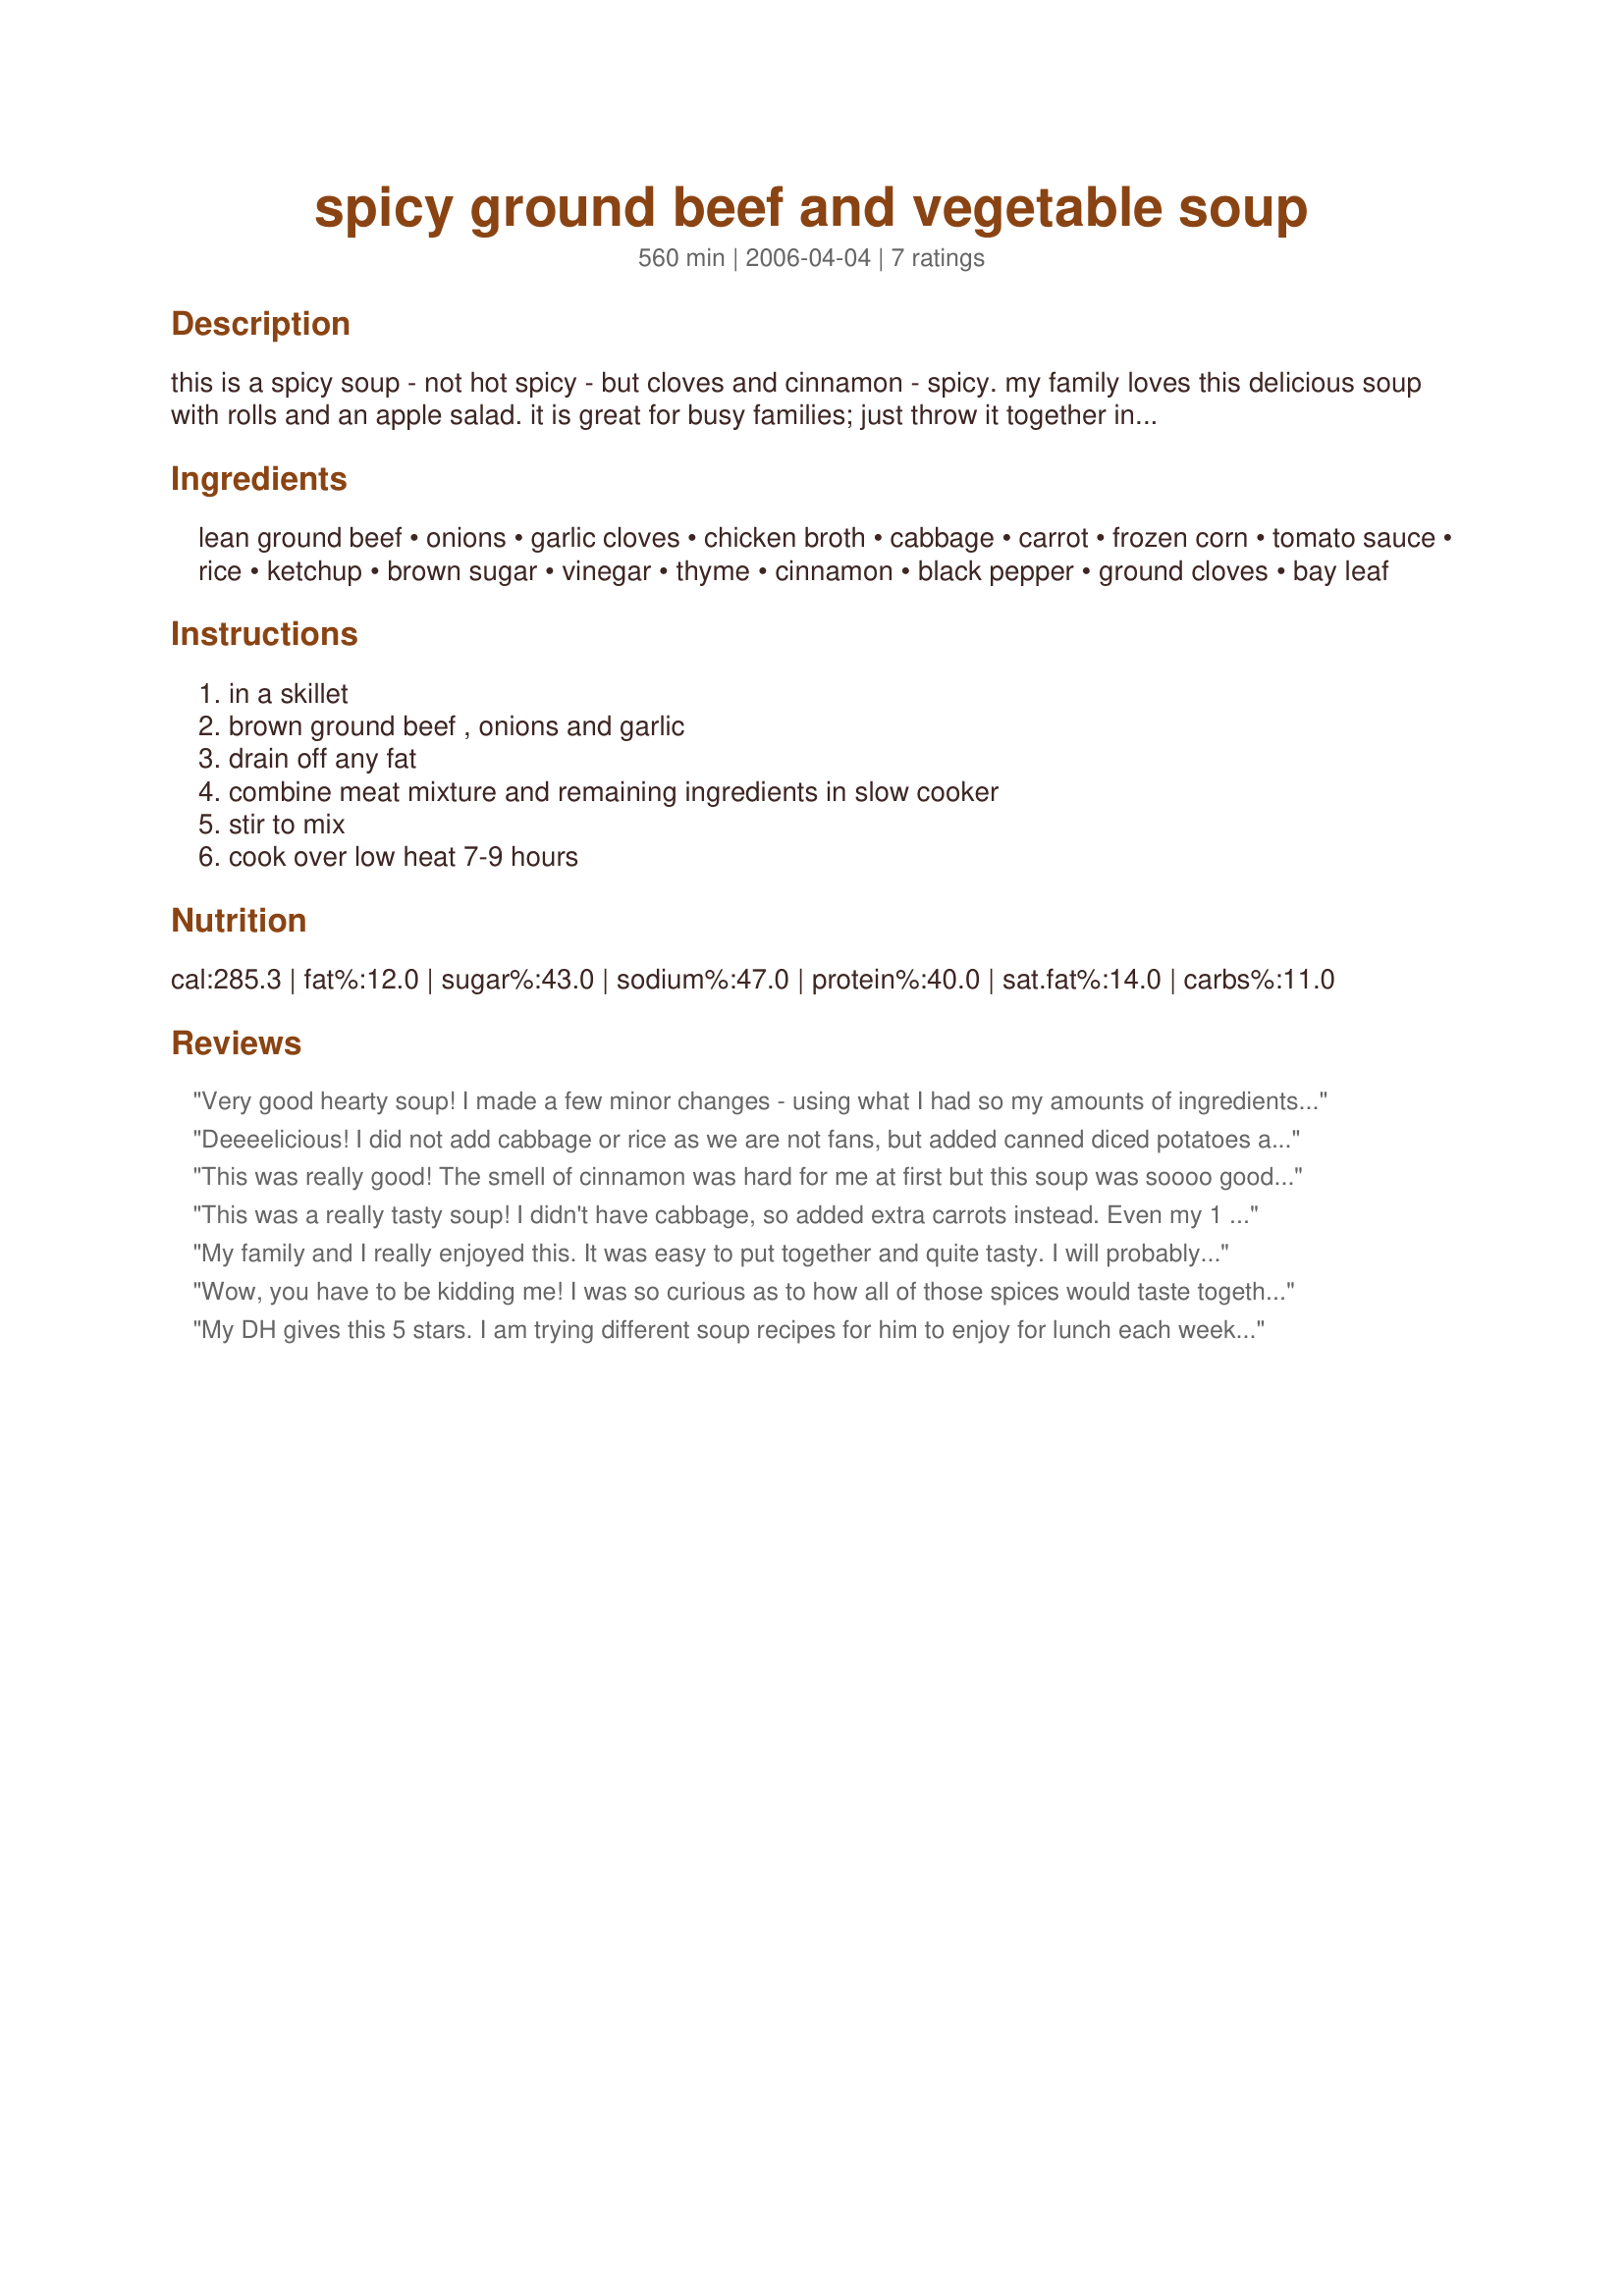
spicy ground beef and vegetable soup
Preparation time: 560 minutes

this is a spicy soup - not hot spicy - but cloves and cinnamon - spicy. my family loves this delicious soup with rolls and an apple salad. it is great for busy families; just throw it together in the morning and dinner is ready when you get home. don't let the long list of ingredients scare you away....they are all things you have on the shelf, in the freezer or in the fridge. it is from "your family will love it" by rodale press - healthy food in a bowl.

Ingredients:
lean ground beef, onions, garlic cloves, chicken broth, cabbage, carrot, frozen corn, tomato sauce, rice, ketchup, brown sugar, vinegar, thyme, cinnamon, black pepper, ground cloves, bay leaf

Steps:
in a skillet, brown ground beef , onions and garlic, drain off any fat, combine meat mixture and remaining ingredients in slow cooker, stir to mix, cook over low heat 7-9 hours

Reviews:
Very good hearty soup! I made a few minor changes - using what I had so my amounts of ingredients differed slightly but still used all the ingredients specified for an easy weeknight supper. Thanks for sharing!
Deeeelicious! I did not add cabbage or rice as we are not fans, but added canned diced potatoes and frozen green beans instead. I was out of tomato sauce so substituted V-8 juice. What really makes this recipe is the combination of spices -- perfect! Thanks so much for posting!
This was really good! The smell of cinnamon was hard for me at first but this soup was soooo good!! I used ground turkey instead because thats what I had on hand, and it was GREAT! I will definitely make it again!
This was a really tasty soup! I didn't have cabbage, so added extra carrots instead. Even my 1 yr old ate it, each spoonful on a little piece of bread so that the spices weren't too strong. It was a hit.
My family and I really enjoyed this. It was easy to put together and quite tasty. I will probably experiment with adding more vinegar to see if that gives it a little extra zing and I might change out the corn for green beans to reduce carbs. It is definitely going into my recipe repertoire
Wow, you have to be kidding me! I was so curious as to how all of those spices would taste together! I kept running into snags along the way...no tomato sauce, so I used paste and made sauce, then, no corn, so I just left it out...etc. But, the finished product was an amazingly delicious filling dish! I served it with crackers as time didn't allow anything else, but I'm thinking maybe some kind of bread next time and possible try some ground turkey...not sure, though, as the beef really did flavor it nicely. Terrific recipe that will be used over and over and over...according to my whole family. Thanks so much!<br/><br/>EDIT: I made it again and submitted a pic if you'd like to use it!<br/><br/>Ooooh, I have to say, it's been a while since I made this (summer soup isn't a family fave) and I made it today. I always say that I put a lot of time into making this one, because I want it to be perfect...well, today, I read the recipe wrong (grrr!) and put too much thyme in it...see the pun just wanting to be found in this one? :D
My DH gives this 5 stars. I am trying different soup recipes for him to enjoy for lunch each week. He said it is hearty and just tastes great. I made as directed, but due to time constraints, cooked in the crockpot on High for 5 hours. Thank you acerast!
